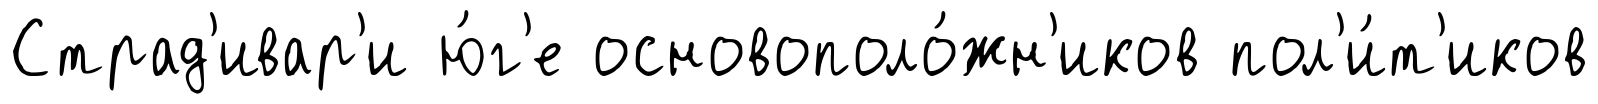
Страд'ивар'и ю́г'е основополо́жн'иков пол'и́т'иков